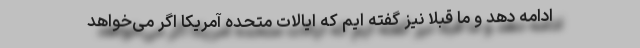
ادامه دهد و ما قبلا نیز گفته ایم که ایالات متحده آمریکا اگر می‌خواهد